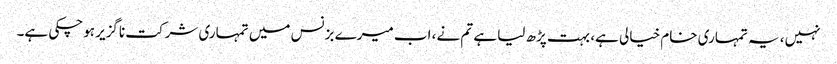
نہیں، یہ تمہاری خام خیالی ہے، بہت پڑھ لیا ہے تم نے، اب میرے بزنس میں تمہاری شرکت ناگزیر ہوچکی ہے۔